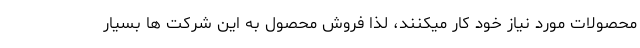
محصولات مورد نیاز خود کار میکنند، لذا فروش محصول به این شرکت ها بسیار